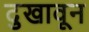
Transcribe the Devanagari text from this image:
दुखावून